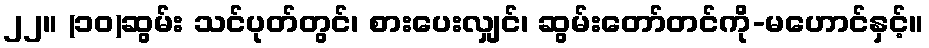
၂၂။ (၁၀)ဆွမ်း သင်ပုတ်တွင်၊ စားပေးလျှင်၊ ဆွမ်းတော်တင်ကို-မဟောင်နှင့်။